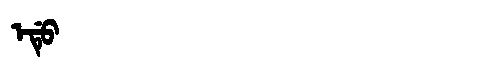
Manchu: ᡝᡩᡠ
Romanization: EDU